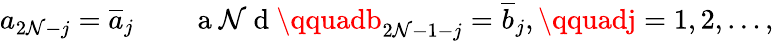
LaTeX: a_{2\mathcal{N}-j}=\overline{{{a}}}_{j}\qquad\mathrm{{~a~\mathcal{N}~d~}}\qquadb_{2\mathcal{N}-1-j}=\overline{{{b}}}_{j},\qquadj=1,2,\ldots,